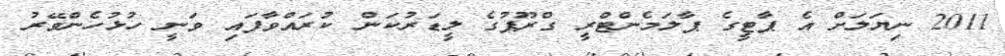
2011 ނިޔަލަށް އެ ޕާޓީގެ ޕާލަމެންޓްރީ ގްރޫޕުގެ ލީޑަރުކަން ކުރައްވާފައި ވަނީ ހުޅުހެންވޭރު